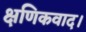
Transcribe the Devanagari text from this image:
क्षणिकवाद।